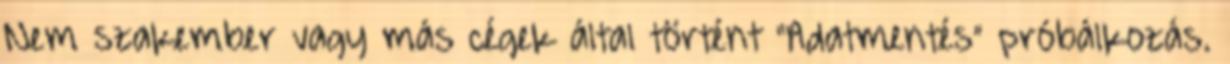
Nem szakember vagy más cégek által történt “Adatmentés” próbálkozás.